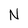
Character: N